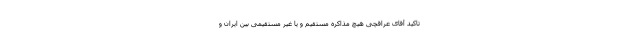
تاکید آقای عراقچی هیچ مذاکره مستقیم و یا غیر مستقیمی بین ایران و